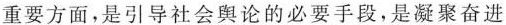
人事务系统宣传思想工作座谈会在上海召开。退役